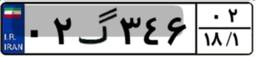
۳۲گ۱۱۸۴۲